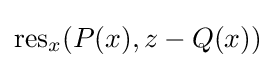
\operatorname {res} _{x}(P(x),z-Q(x))